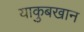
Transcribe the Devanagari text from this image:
याकुबखान